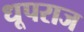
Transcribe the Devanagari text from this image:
धूपराज